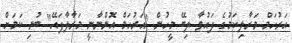
އަރުހަމް މަރާލިކަމުގެ ދައުވާ ލިބޭ މީހުން "އަރުހަމް އޮންނާނީ މަރާލާފައޭ" ބުނި ކަމަށް